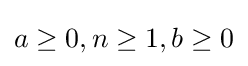
a\geq 0,n\geq 1,b\geq 0